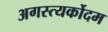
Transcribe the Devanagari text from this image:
अगस्त्यर्कोदम